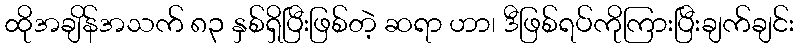
ထိုအချိန်အသက် ၈၃ နှစ်ရှိပြီးဖြစ်တဲ့ ဆရာ ဟာ၊ ဒီဖြစ်ရပ်ကိုကြားပြီးချက်ချင်း